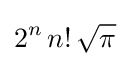
2^{n}\,n!\,{\sqrt {\pi }}